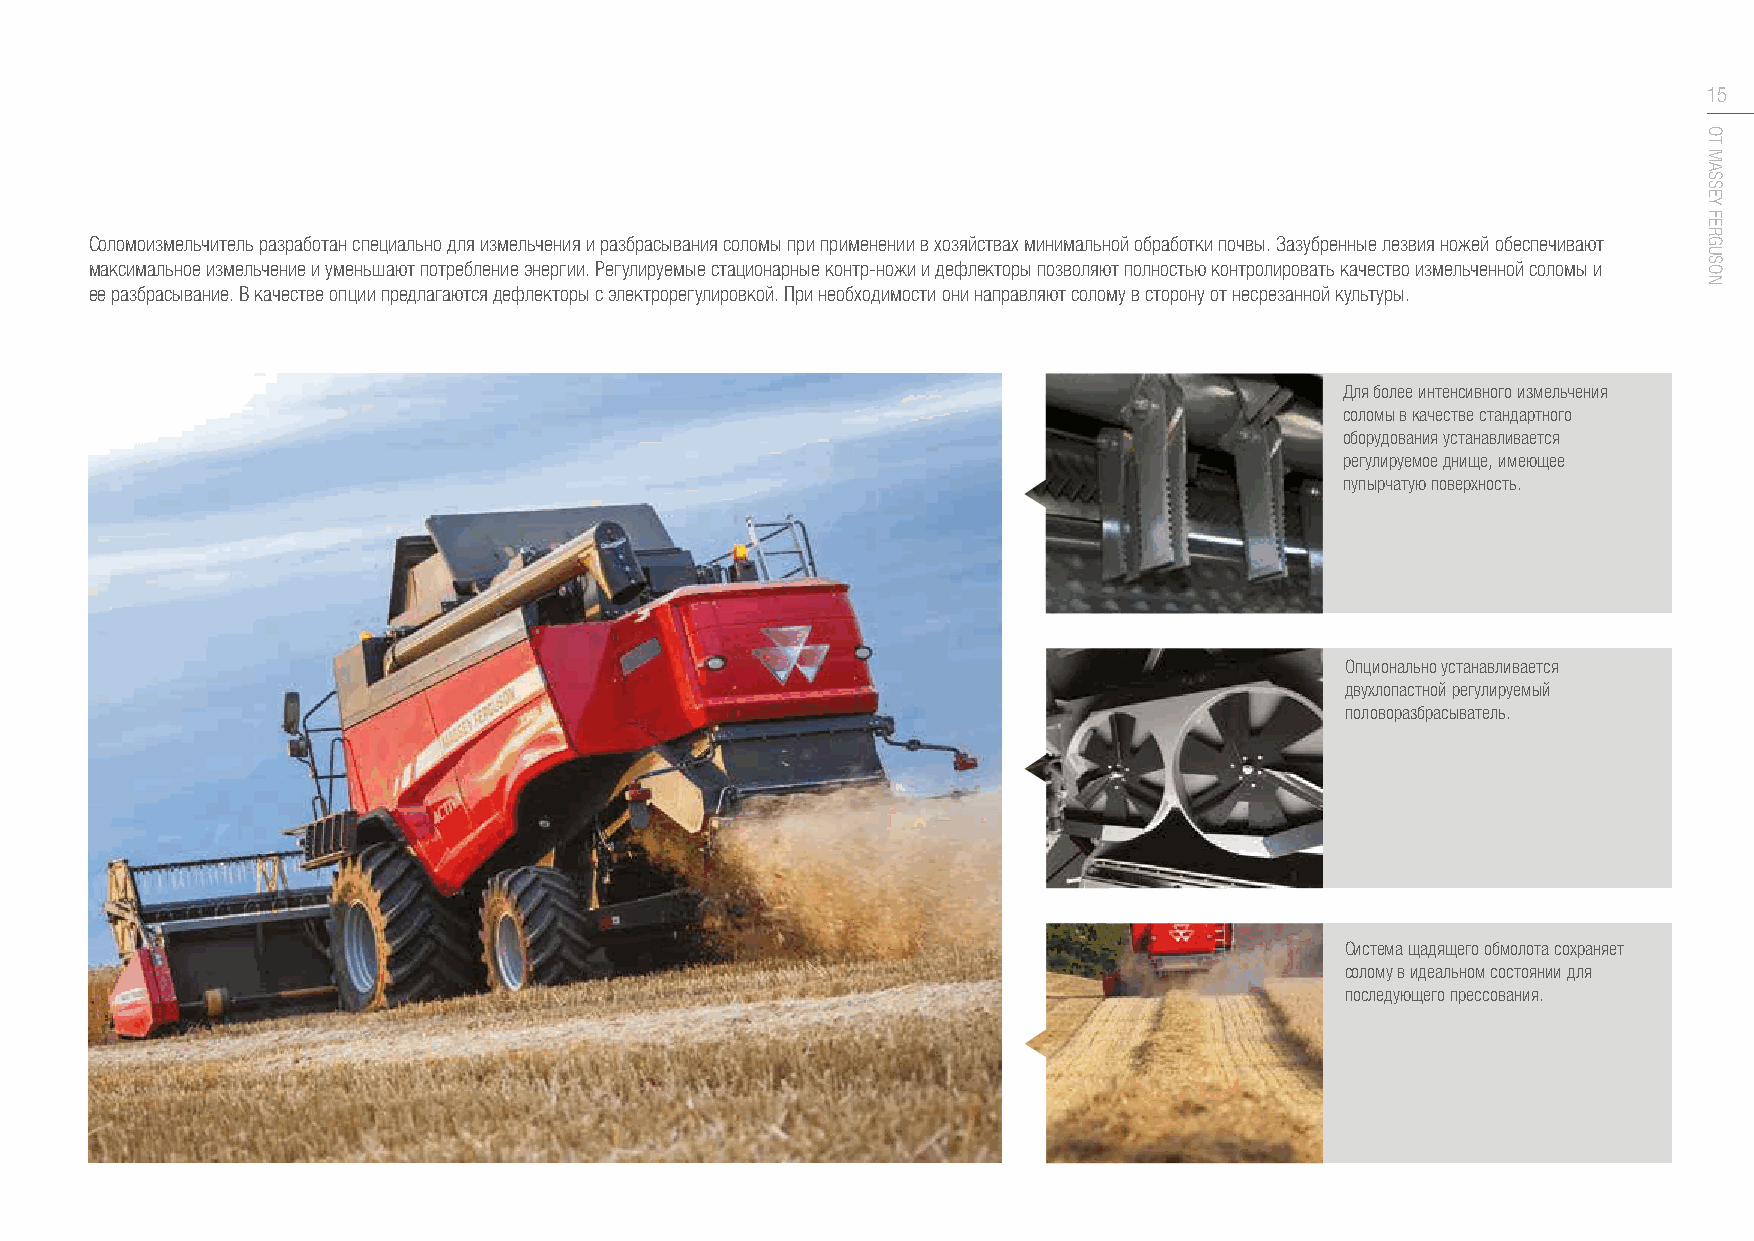
15
 Соломоизмельчитель разработан специально для измельчения и разбрасывания соломы при применении в хозяйствах минимальной обработки почвы. Зазубренные лезвия ножей обеспечивают
 максимальное измельчение и уменьшают потребление энергии. Регулируемые стационарные контр-ножи и дефлекторы позволяют полностью контролировать качество измельченной соломы и
 ее разбрасывание. В качестве опции предлагаются дефлекторы с электрорегулировкой. При необходимости они направляют солому в сторону от несрезанной культуры.
 Для более интенсивного измельчения
 соломы в качестве стандартного
 оборудования устанавливается
 регулируемое днище, имеющее
 пупырчатую поверхность.
 Опционально устанавливается
 двухлопастной регулируемый
 половоразбрасыватель.
 Система щадящего обмолота сохраняет
 солому в идеальном состоянии для
 последующего прессования.
 ОТ
 MASSEY
 FERGUSON